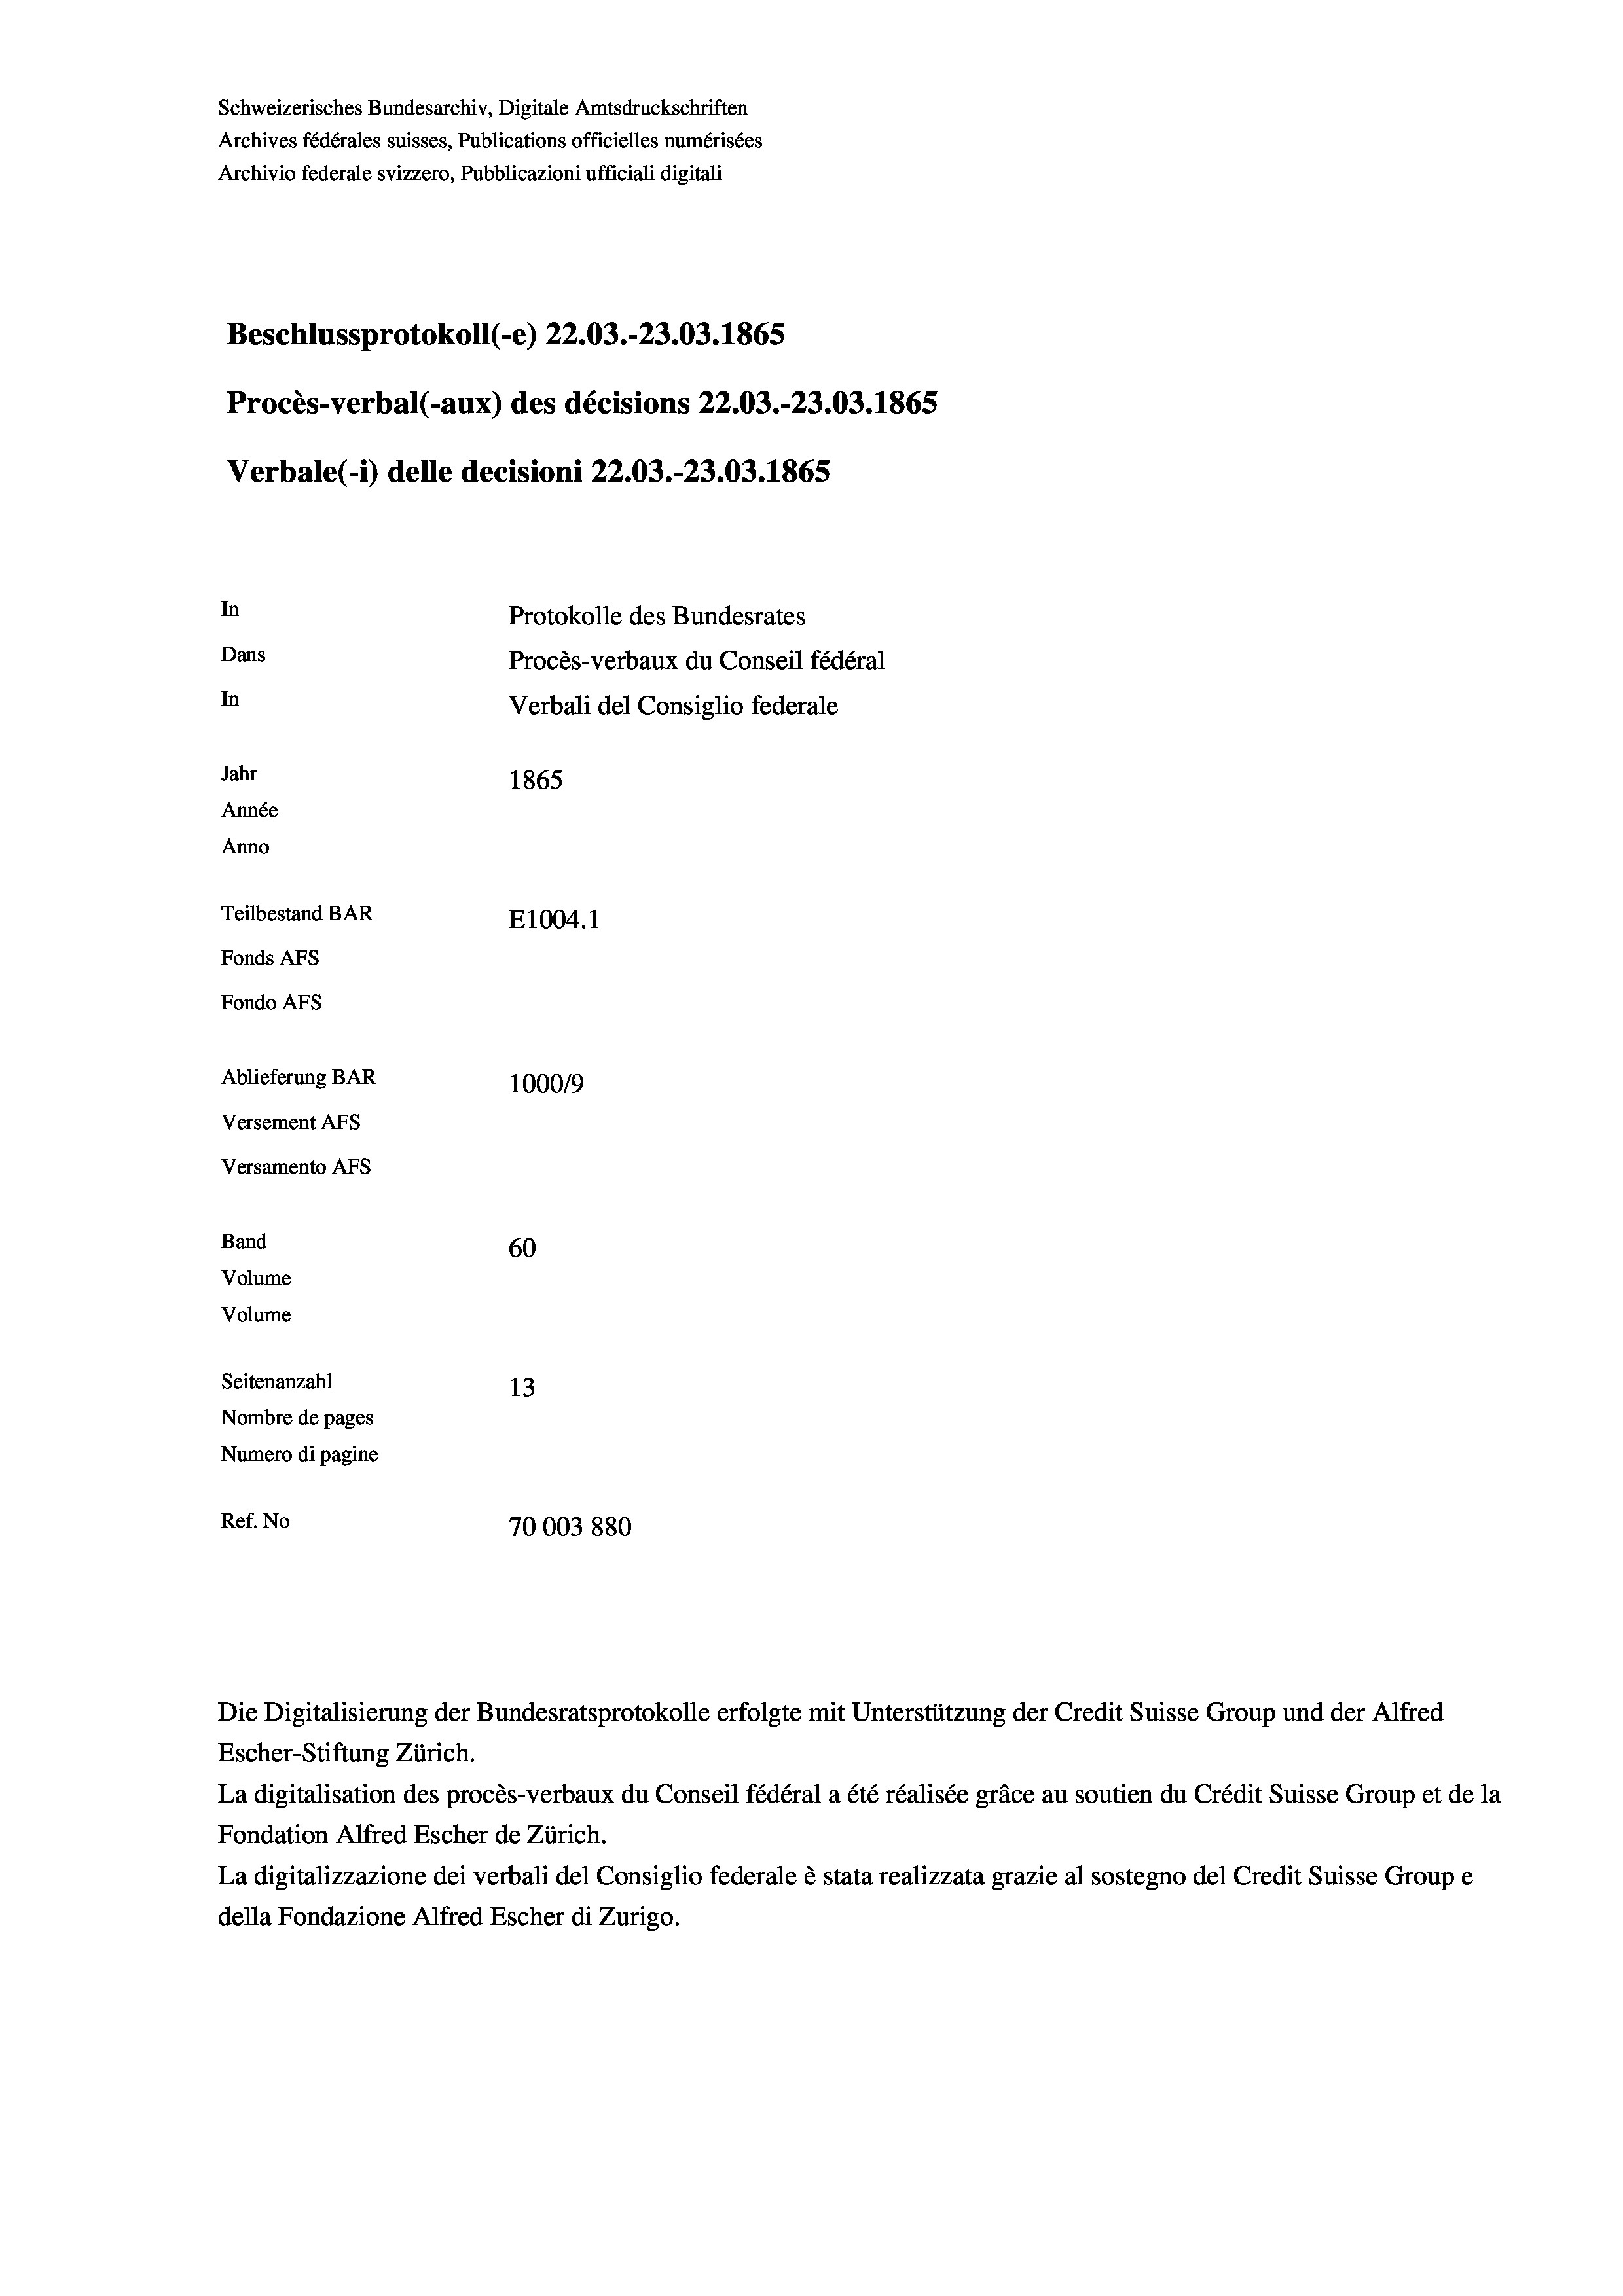
Schweizerisches Bundesarchiv, Digitale Amtsdruckschriften
Archives fédérales suisses, Publications officielles numérisées
Archivio federale svizzero, Pubblicazioni ufficiali digitali
Beschlussprotokoll (-e) 22.03.-23.03. 1865
Procès-verbal (-aux) des décisions 22.03.-23.03. 1865
Verbale (1) delle decisioni 22.03.-23.03. 1865
In
Protokolle des Bundesrates
Dans
Procès-verbaux du Conseil fédéral
In
Verbali del Consiglio federale
Jahr
1865
Année
Anno
Teilbestand BAR
E1004.1
Fonds AFs
Fondo Afs
Ablieferung BAR
100019
Versement AFs
Versamento Afs
Band
60
Volume
Volume
Seitenanzahl
13
Nombre de pages
Numero di pagine
Ref. No
70003880

Escher-Stiftung Zürich.
La digitalisation des procès-verbaux du Conseil fédéral a été réalisée gräce au soutien du Crédit Suisse Group et de la
Fondation Alfred Escher de Zürich.
La digitalizzazione dei verbali del Consiglio federale è stata realizzata grazie al sostegno del Credit Suisse Groupe
della Fondazione Alfred Escher di Zurigo.

Die Digitalisierung der Bundesratsprotokolle erfolgte mit Unterstützung der Credit Suisse Group und der Alfred